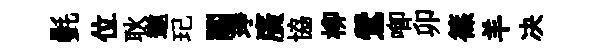
㲲位耿遨玘關琤廣協柳鶯唧卯篠羊决